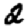
Digit: 2